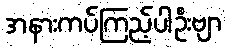
အနားကပ်ကြည့်ပါဦးဗျာ